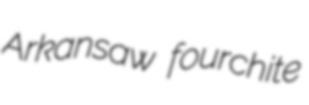
Arkansaw fourchite